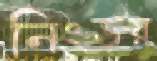
নিংড়য়